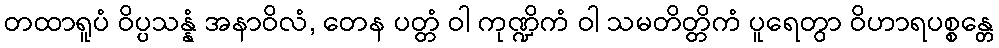
တထာရူပံ ဝိပ္ပသန္နံ အနာဝိလံ, တေန ပတ္တံ ဝါ ကုဏ္ဍိကံ ဝါ သမတိတ္တိကံ ပူရေတွာ ဝိဟာရပစ္စန္တေ